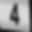
Digit: 4